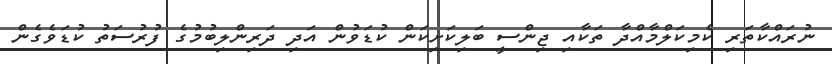
ނުރައްކާތަރި ކެމިކަލްމާއްދާ ތަކާއި ޖިންސީ ބަލިކަށިކަން ކުޑަވުން އަދި ދަރިންލިބުމުގެ ފުރުސަތު ކުޑަވެގެން